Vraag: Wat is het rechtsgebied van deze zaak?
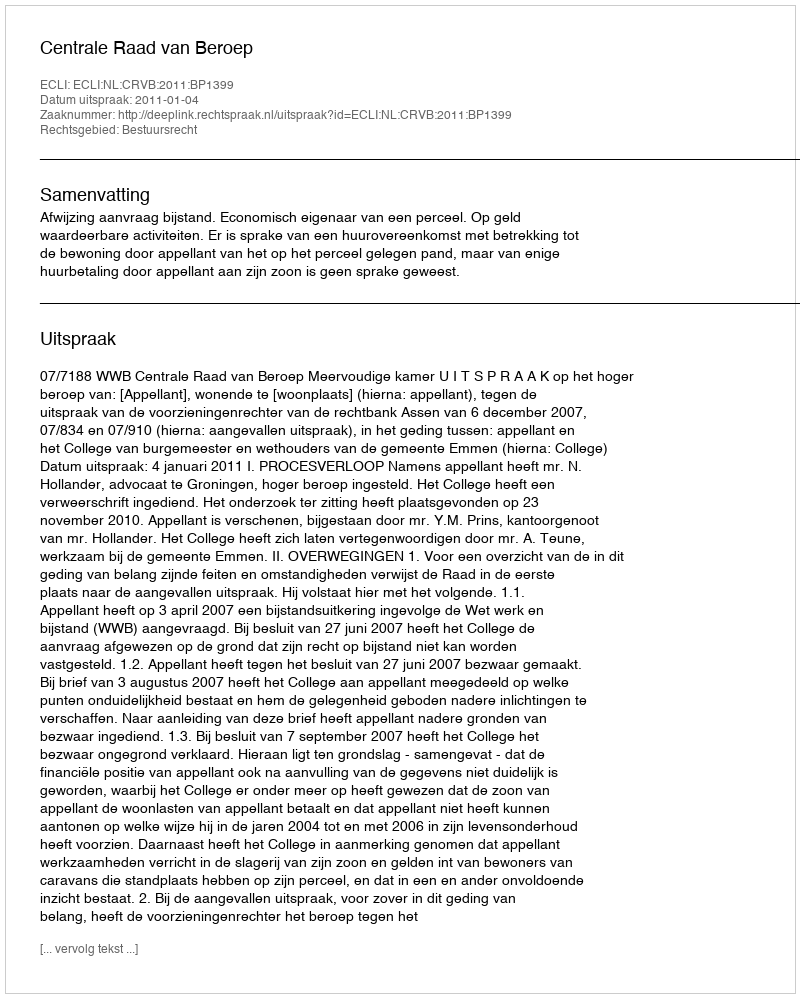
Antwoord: Bestuursrecht